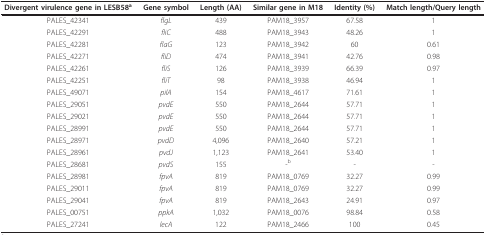
| Divergent virulence gene in LESB58a | Gene symbol | Length (AA) | Similar gene in M18 | Identity (%) | Match length/Query length |
 | --- | --- | --- | --- | --- | --- |
 | PALES_42341 | flgL | 439 | PAM18_3957 | 67.58 | 1 |
 | PALES_42291 | fliC | 488 | PAM18_3943 | 48.26 | 1 |
 | PALES_42281 | flaG | 123 | PAM18_3942 | 60 | 0.61 |
 | PALES_42271 | fliD | 474 | PAM18_3941 | 42.76 | 0.98 |
 | PALES_42261 | fliS | 126 | PAM18_3939 | 66.39 | 0.97 |
 | PALES_42251 | fliT | 98 | PAM18_3938 | 46.94 | 1 |
 | PALES_49071 | pilA | 154 | PAM18_4617 | 71.61 | 1 |
 | PALES_29051 | pvdE | 550 | PAM18_2644 | 57.71 | 1 |
 | PALES_29021 | pvdE | 550 | PAM18_2644 | 57.71 | 1 |
 | PALES_28991 | pvdE | 550 | PAM18_2644 | 57.71 | 1 |
 | PALES_28971 | pvdD | 4,096 | PAM18_2640 | 57.21 | 1 |
 | PALES_28961 | pvdJ | 1,123 | PAM18_2641 | 53.40 | 1 |
 | PALES_28681 | pvdS | 155 | -b | - | - |
 | PALES_28981 | fpvA | 819 | PAM18_0769 | 32.27 | 0.99 |
 | PALES_29011 | fpvA | 819 | PAM18_0769 | 32.27 | 0.99 |
 | PALES_29041 | fpvA | 819 | PAM18_2643 | 24.91 | 0.97 |
 | PALES_00751 | ppkA | 1,032 | PAM18_0076 | 98.84 | 0.58 |
 | PALES_27241 | lecA | 122 | PAM18_2466 | 100 | 0.45 |